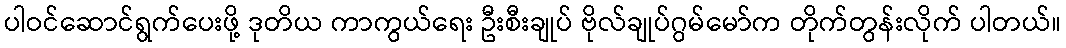
ပါဝင်ဆောင်ရွက်ပေးဖို့ ဒုတိယ ကာကွယ်ရေး ဦးစီးချုပ် ဗိုလ်ချုပ်ဂွမ်မော်က တိုက်တွန်းလိုက် ပါတယ်။